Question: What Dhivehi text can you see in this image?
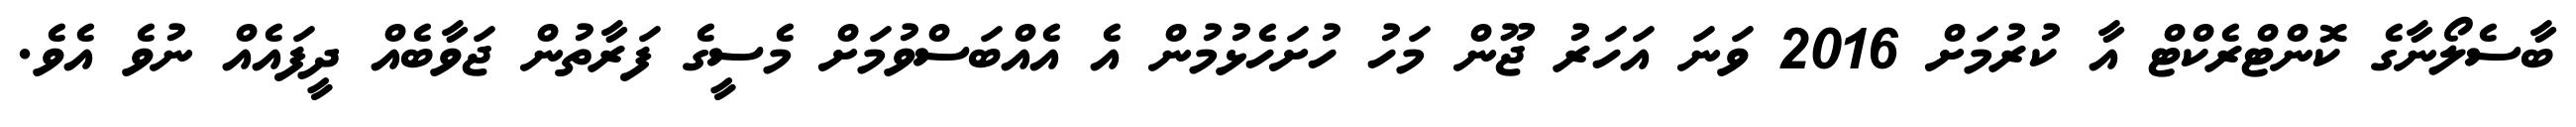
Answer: ބާސެލޯނާގެ ކޮންޓްރެކްޓް އާ ކުރުމަށް 2016 ވަނަ އަހަރު ޖޫން މަހު ހުށަހެޅުމުން އެ އެއްބަސްވުމަށް މެސީގެ ފަރާތުން ޖަވާބެއް ދީފައެއް ނުވެ އެވެ.